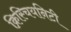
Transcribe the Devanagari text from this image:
क्रिस्चियनिटी